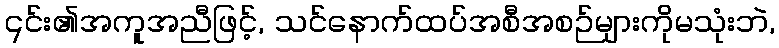
၎င်း၏အကူအညီဖြင့်, သင်နောက်ထပ်အစီအစဉ်များကိုမသုံးဘဲ,